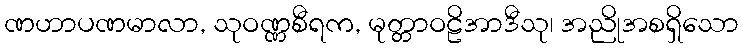
ဏဟာပဏမာလာ, သုဝဏ္ဏစီရက, မုတ္တာဝဠိအာဒီသု၊ အညိုအစရှိသော